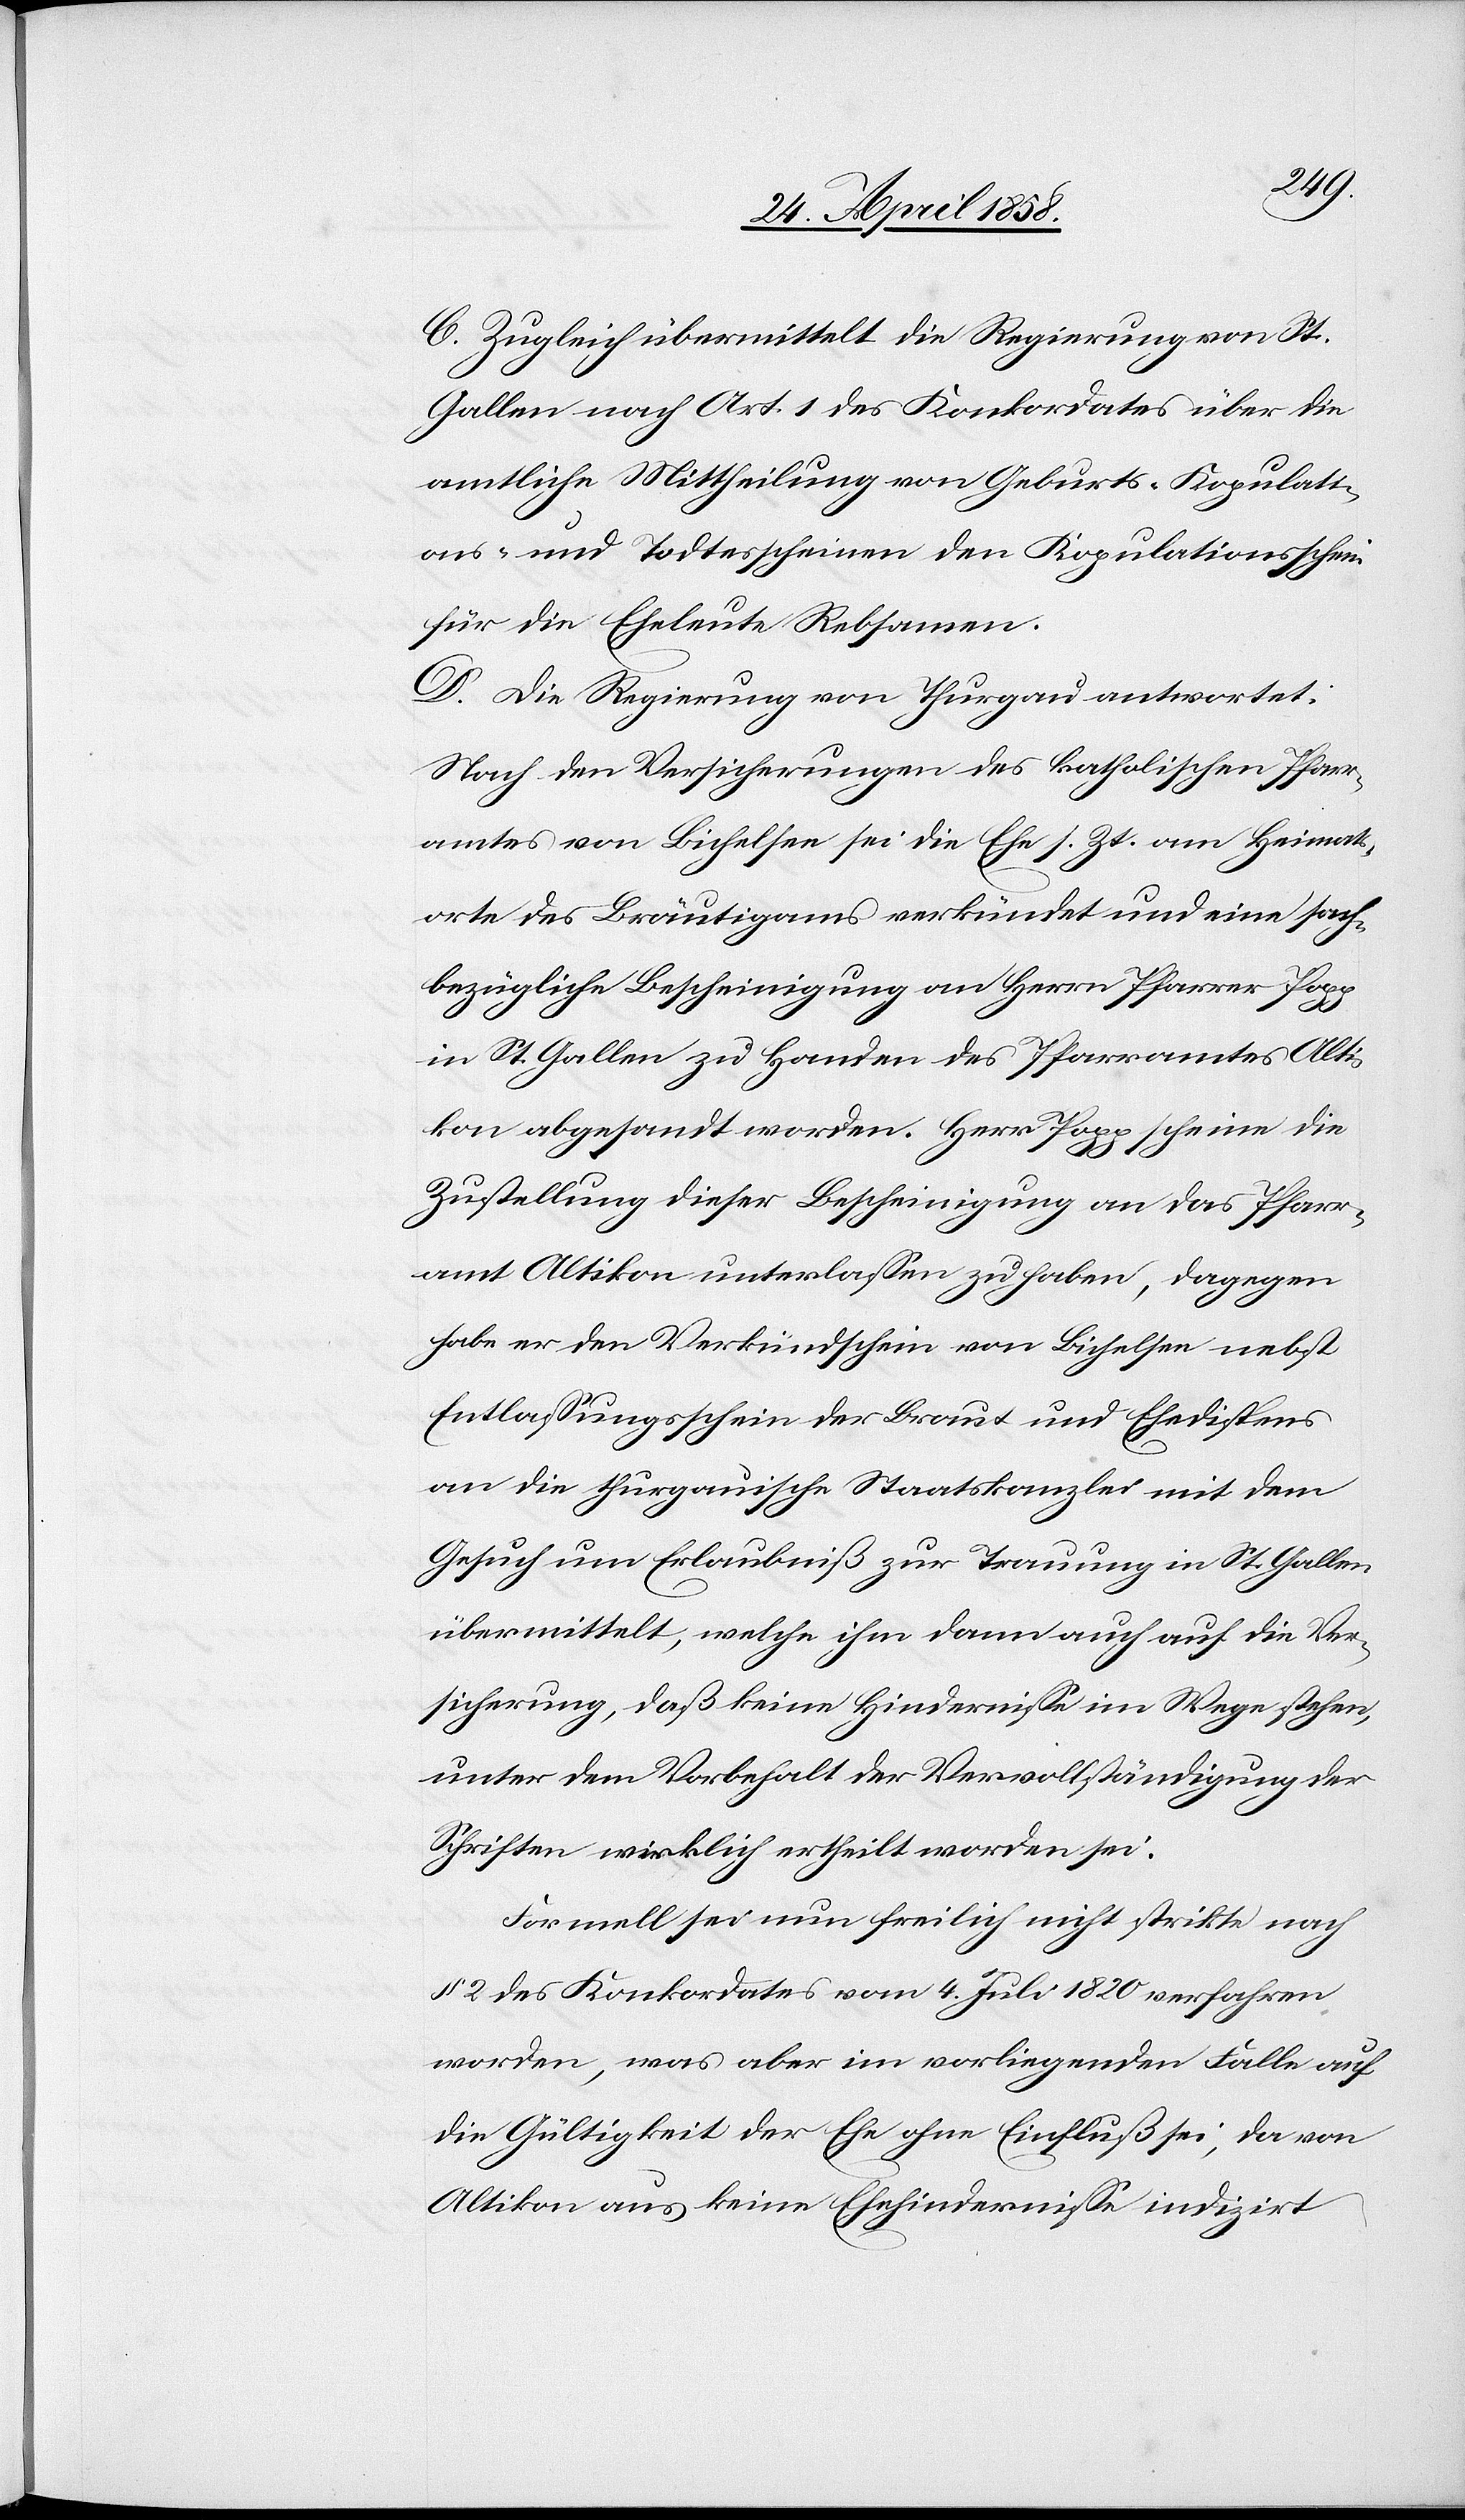
C. Zugleich übermittelt die Regierung von St.
Gallen nach Art. 1 des Konkordates über die
amtliche Mittheilung von Geburts-[,] Kopulati¬
ons- und Todtesscheinen den Kopulationsschein
für die Eheleute Rebsamen.
D. Die Regierung von Thurgau antwortet:
Nach den Versicherungen des katholischen Pfarr¬
amtes von Bichelsee sei die Ehe s. Zt. am Heimats¬
orte des Bräutigams verkündet und eine sach¬
bezügliche Bescheinigung an Herrn Pfarrer Popp
in St. Gallen zu Handen des Pfarramtes Alti¬
kon abgesandt worden. Herr Popp scheine die
Zustellung dieser Bescheinigung an das Pfarr¬
amt Altikon unterlassen zu haben, dagegen
habe er den Verkündschein von Bichelsee nebst
Entlassungsschein der Braut und Ehedispens
an die thurgauische Staatskanzlei mit dem
Gesuch um Erlaubniß zur Trauung in St. Gallen
übermittelt, welche ihm dann auch auf die Ver¬
sicherung, daß keine Hindernisse im Wege stehen,
unter dem Vorbehalt der Vervollständigung der
Schriften wirklich ertheilt worden sei.
Formell sei nun freilich nicht strikte nach
§ 2 des Konkordates vom 4. Juli 1820 verfahren
worden, was aber im vorliegenden Falle auf
die Gültigkeit der Ehe ohne Einfluß sei, da von
Altikon aus keine Ehehindernisse indizirt